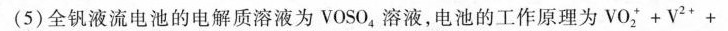
(5)全钒液流电池的电解质溶液为VOSO_{4}溶液，电池的工作原理为$$V O _ { 2 } + V ^ { 2 + } +